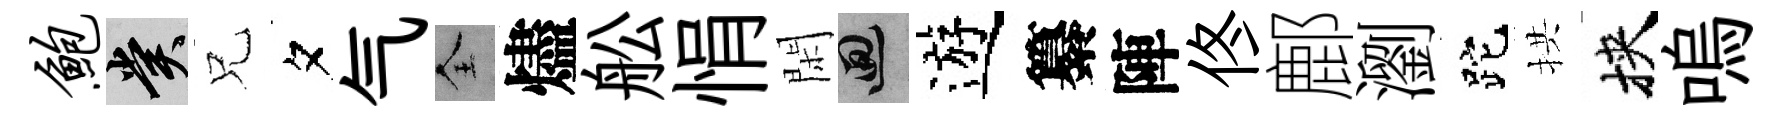
鲍賞兄夕气全燼舩悁閑回遊纂陣佟鄜瀏跎拱挾嗚